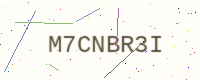
Text: M7CNBR3I